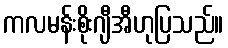
ကလမန်းစိုးဂျီအီဟုပြသည်။